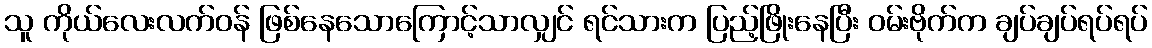
သူ ကိုယ်လေးလက်ဝန် ဖြစ်နေသောကြောင့်သာလျှင် ရင်သားက ပြည့်ဖြိုးနေပြီး ဝမ်းဗိုက်က ချပ်ချပ်ရပ်ရပ်